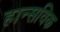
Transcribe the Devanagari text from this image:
हान्सविक